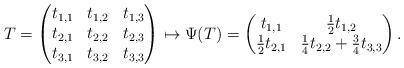
LaTeX: \begin{align*}T=\begin{pmatrix}t_{1,1} & t_{1,2} & t_{1,3} \\t_{2,1} & t_{2,2} & t_{2,3} \\t_{3,1} & t_{3,2} & t_{3,3} \end{pmatrix}\mapsto \Psi(T)=\begin{pmatrix} t_{1,1} & \frac{1}{2} t_{1,2} \\ \frac{1}{2} t_{2,1} & \frac{1}{4} t_{2,2} + \frac{3}{4} t_{3,3}\end{pmatrix}.\end{align*}